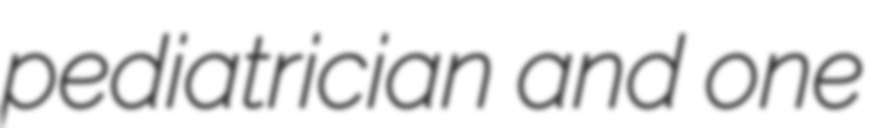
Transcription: pediatrician and one